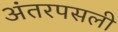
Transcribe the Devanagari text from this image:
अंतरपसली